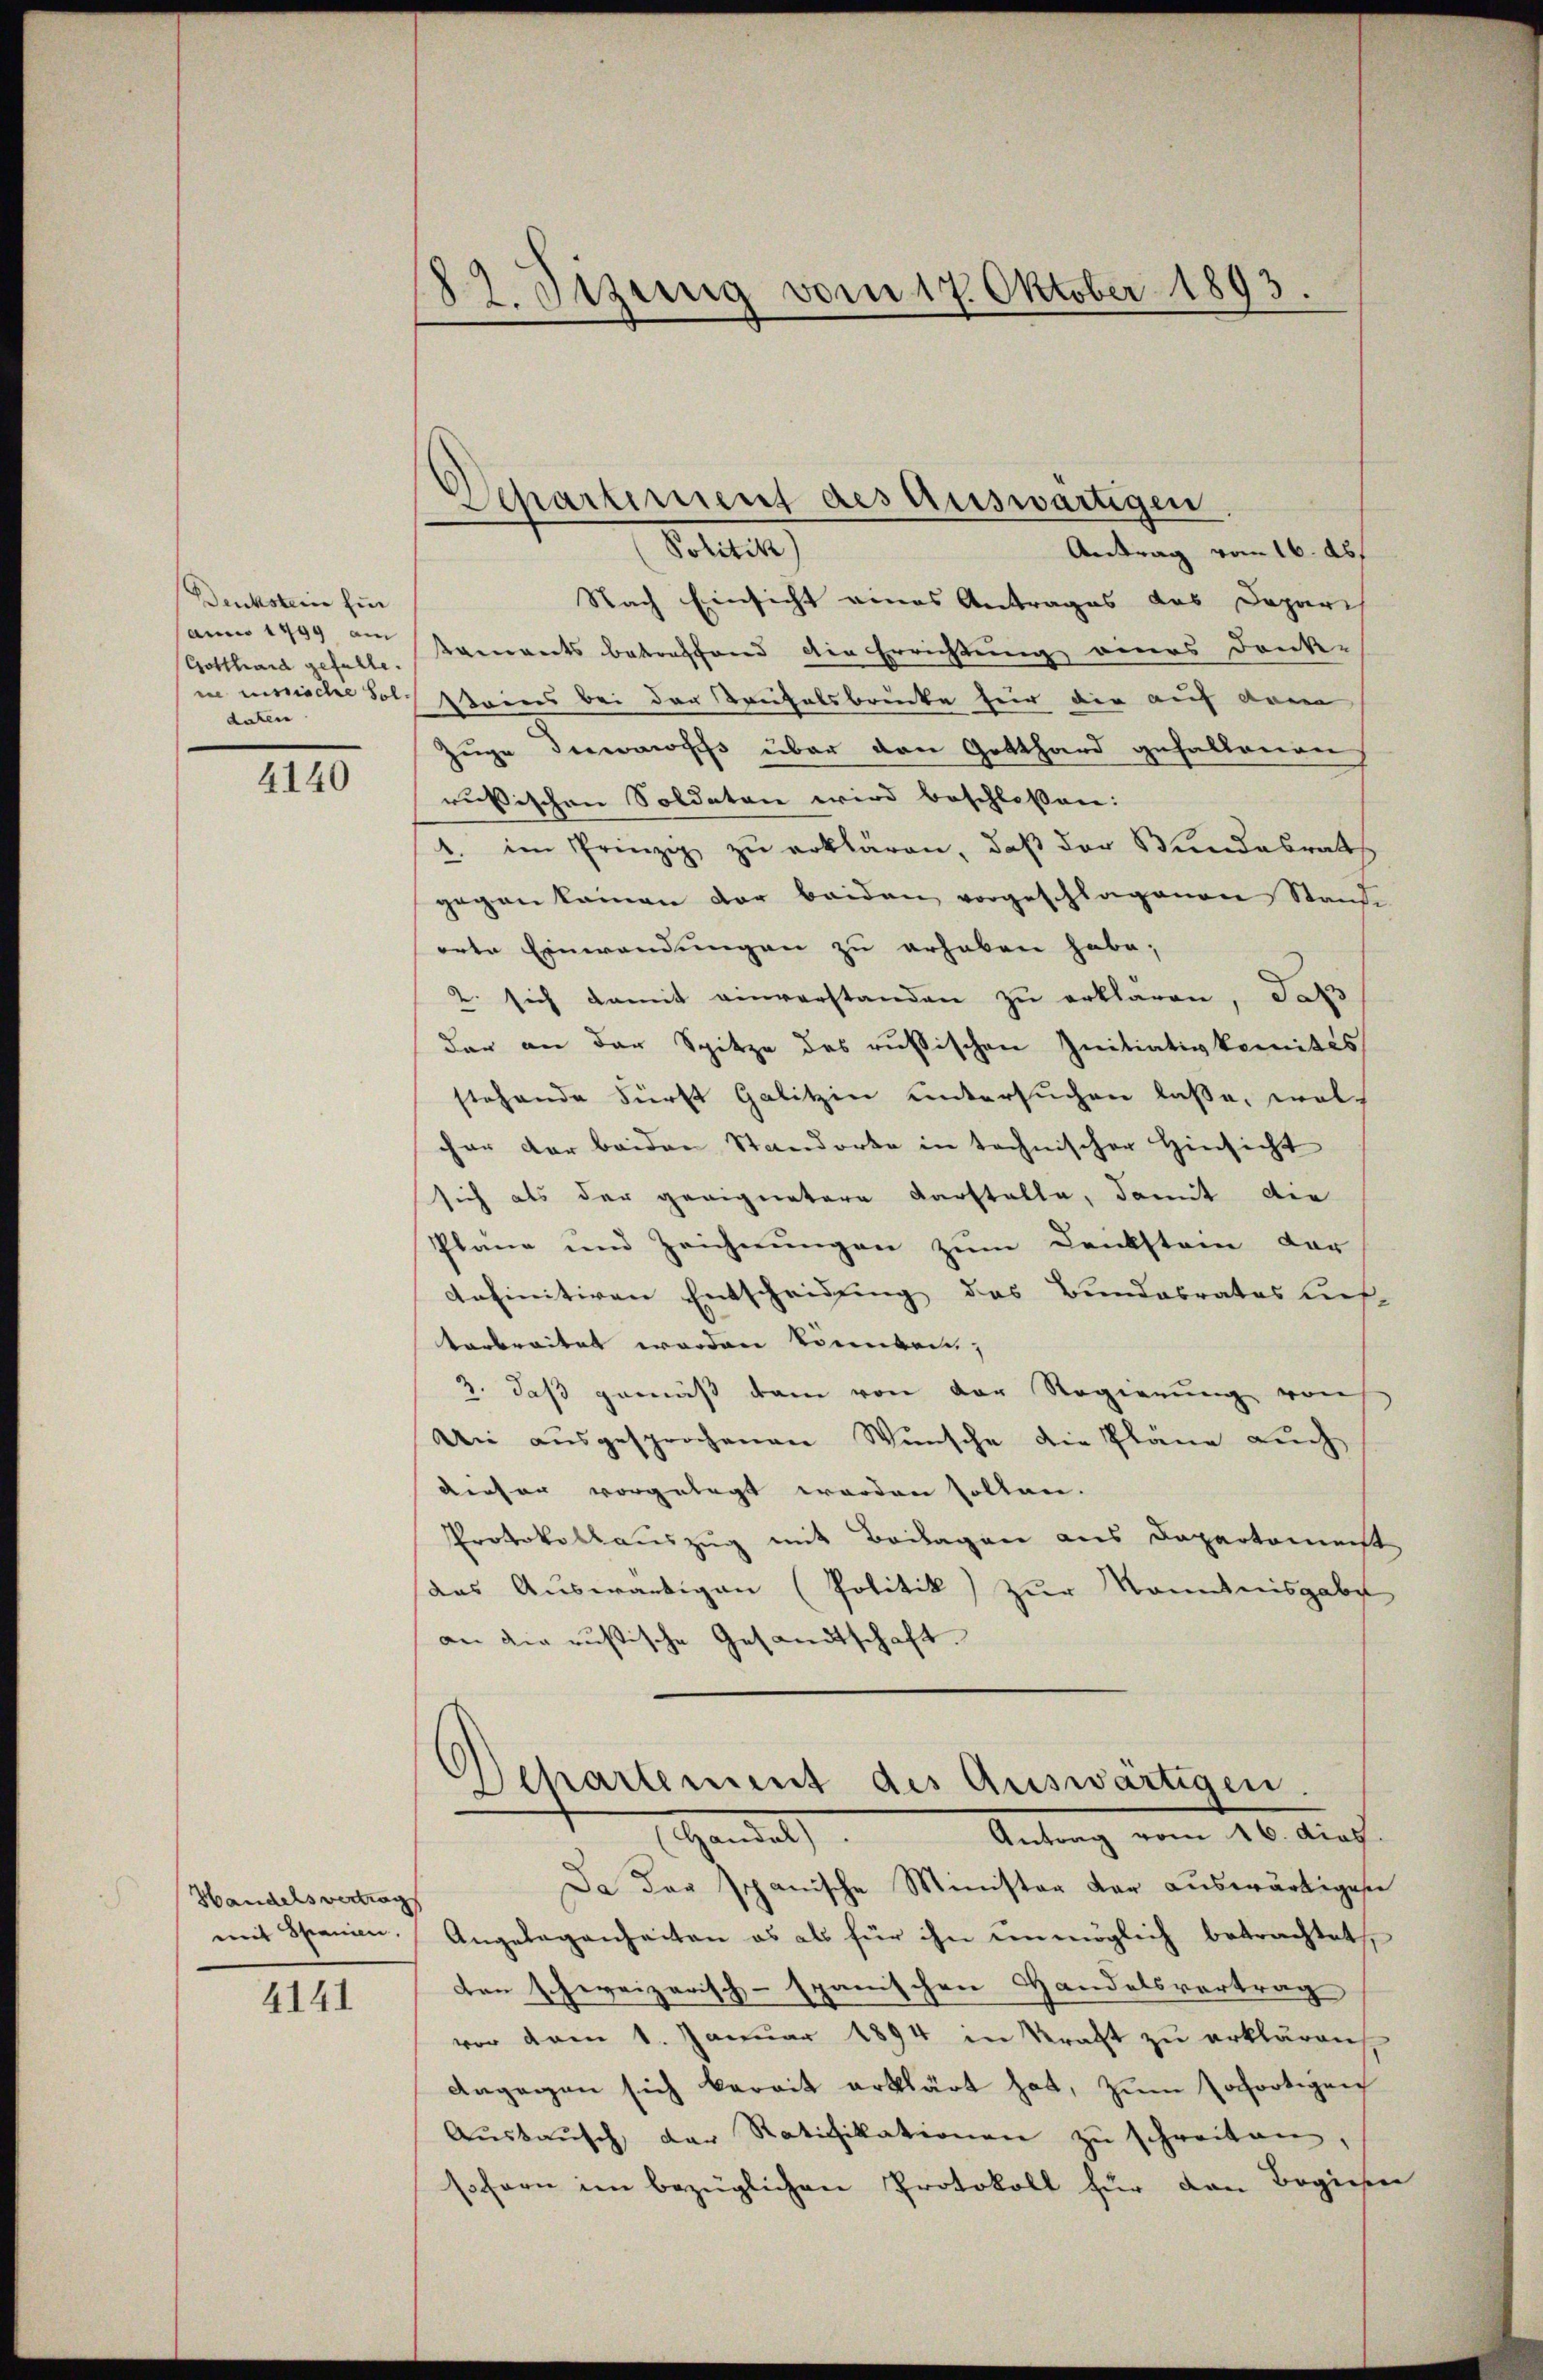
Denksteine für
anno 1759 am
Gotthard gefalle.
msiche Sol
daten

4140

Handelsvertrag
mit Spanien.

4141

122. Jizung vom 17. Oktober 1893.

Sollte,
Antrag vom 16. Ab
Nach Einsicht eines Antrages das Depari
taments betreffend die Errichtung eines Dank-
Steins bei der Teufelsbrücke für die auf dem
Zuge demans über den Gotthard gehaltenen
rußischen Soldaten wird beschloßen:
4. im Prinzip zŭ erklären, daβ der Bundesrat
gegen kamen der beiden vorgeschlagenen Stand-
erte Einwendungen zu erhaben habe;
2. sich damit einverstanden zu erklären, daß
der an der Spitze des russischen Initiativkomités
stehende Fürst Galitzin untersuchen laße, welcher der beiden Standorte in technischer Hinsicht
sich als der geeignetere Darstelle, damit die
Pläne und Zeichnungen zum Denksten der
definitiven Entscheidung des Bundesrates Auf-
tarbreitet worden könnten,
3. daß gemäß dem von der Regierung von
Un ausgesprochenen Wunsche die Pläne auch
deeser vorgelegt werden sollen.
Protokollauszug mit Beilagen aus Departamenst
das Auswärtigen (Politik zur Kenntnisgabe
an die russische Gesandtschaft.
Departement des Auswärtigen.
Antrag vom 16. dies.
Standel
Da der spanische Minister der auswärtigen
Angelegenheiten es als für ihn unmöglich betrachtet
ten schweizerisch-spanischen Handelsvertrag
vor vom 1. Januar 1894 in Kraft zu erklären
Angegen sich bereit erklärt hat, zum sofortigen
Aŭsbaŭsch, der Ratifikationen zŭ schreiten,
sofern im bezüglichen Protokoll für von Begiere

Departement des Auswärtigen